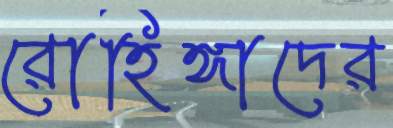
রোহিঙ্গাদের